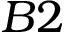
B 2